Annual returns of the Patna Lunatic Asylum at Bankipore in Bihar and Orissa - 1912-1924
Year: 1912
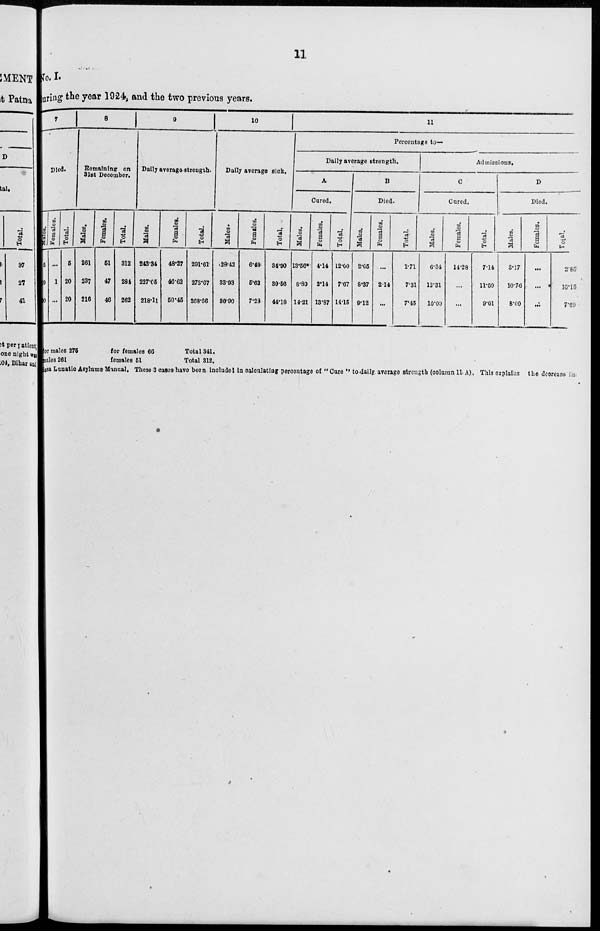
11
No. I.
during the year 1924, and the two previous years.
7
Died.
Males.
5
19
20
Females.
...
1
...
Total.
5
20
20
8
Remaining on
31st December.
Males.
261
237
216
Females,
51
47
46
Total.
312
284
262
9
Daily average strength.
Males.
243.34
227.05
218.11
Females.
48.27
46.62
50.45
Total.
291.61
273.67
268.56
10
Daily average sick.
Males.
28.42
33.93
86.90
Females.
6.48
5.63
7.28
Total,
34.90
39.56
44.18
11
Percentage to—
Daily average strength.
A
Cured.
Males.
13.56*
8.89
14.21
Females.
4.14
2.14
13.87
Total.
12.00
7.67
14.15
B
Died.
Males.
2.05
8.37
9.12
Females.
...
2.14
...
Total.
1.71
7.31
7.45
Admissions.
C
Cured.
Males.
6.34
13.31
10.00
Females.
14.28
...
...
Total.
7.14
11.59
9.01
D
Died.
Males.
3.17
10.76
8.00
Females.
...
...
...
Total.
2.85
10.15
7.89
for males 275
males 261
for females 66
females 51
Total 341.
Total 312.
Ori ssa Lunatic Asylums Manual. These 3 cases have been included in calculating percentage of " Cure " to daily average strength (column 11 A). This explains the decrease in.